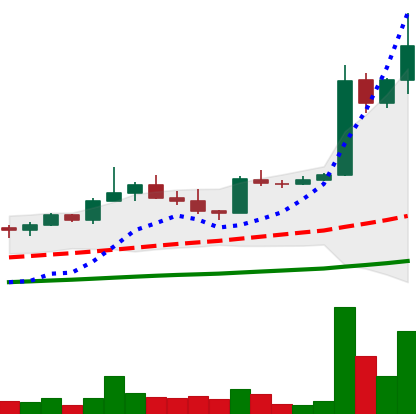
Ticker: TRX-USD
Chart end date: 2021-04-03
Forward return: 20.572%
Label: up_7plus